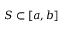
S \subset [ a , b ]